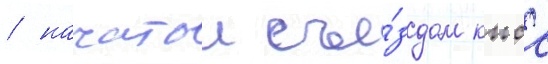
/ начатои съе́здом кпсс